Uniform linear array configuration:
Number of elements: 8
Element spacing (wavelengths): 1
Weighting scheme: cosine
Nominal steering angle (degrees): -15
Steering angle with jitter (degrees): -13.276
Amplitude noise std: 0.05
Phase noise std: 0.05

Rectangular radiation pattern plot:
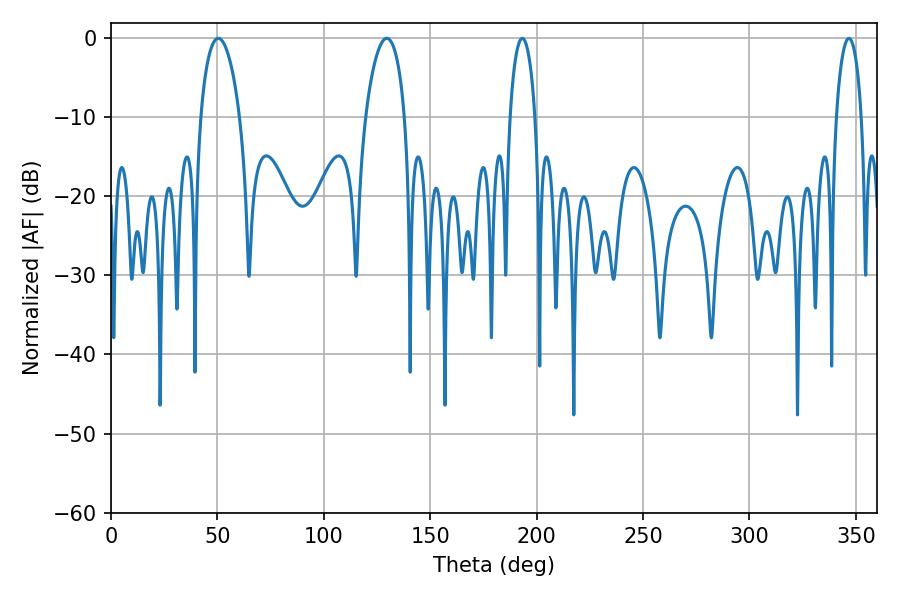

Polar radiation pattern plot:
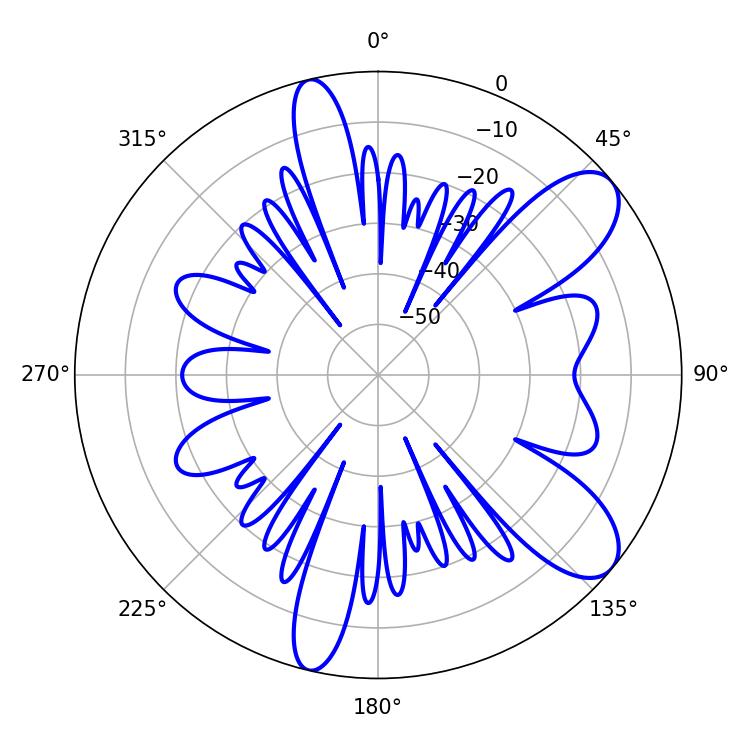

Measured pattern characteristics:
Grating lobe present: TRUE
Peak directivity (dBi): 9.124
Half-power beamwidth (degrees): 10.44
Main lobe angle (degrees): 50.4